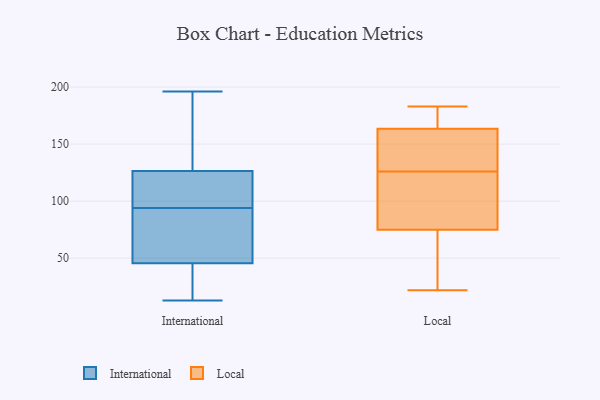
{"axis": {"x": "Waste Production (Tons)", "y": "Value"}, "legend": ["International", "Local"], "data": [{"x": "", "y": 41, "type": "International"}, {"x": "", "y": 134, "type": "International"}, {"x": "", "y": 117, "type": "International"}, {"x": "", "y": 15, "type": "International"}, {"x": "", "y": 89, "type": "International"}, {"x": "", "y": 196, "type": "International"}, {"x": "", "y": 99, "type": "International"}, {"x": "", "y": 13, "type": "International"}, {"x": "", "y": 144, "type": "International"}, {"x": "", "y": 50, "type": "International"}, {"x": "", "y": 82, "type": "International"}, {"x": "", "y": 107, "type": "International"}, {"x": "", "y": 84, "type": "International"}, {"x": "", "y": 119, "type": "International"}, {"x": "", "y": 32, "type": "International"}, {"x": "", "y": 191, "type": "International"}, {"x": "", "y": 176, "type": "Local"}, {"x": "", "y": 126, "type": "Local"}, {"x": "", "y": 144, "type": "Local"}, {"x": "", "y": 107, "type": "Local"}, {"x": "", "y": 170, "type": "Local"}, {"x": "", "y": 73, "type": "Local"}, {"x": "", "y": 183, "type": "Local"}, {"x": "", "y": 81, "type": "Local"}, {"x": "", "y": 22, "type": "Local"}, {"x": "", "y": 31, "type": "Local"}, {"x": "", "y": 132, "type": "Local"}]}